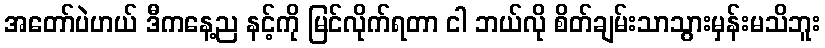
အတော်ပဲဟယ် ဒီကနေ့ည နင့်ကို မြင်လိုက်ရတာ ငါ ဘယ်လို စိတ်ချမ်းသာသွားမှန်းမသိဘူး